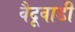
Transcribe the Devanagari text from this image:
वैदूवाडी